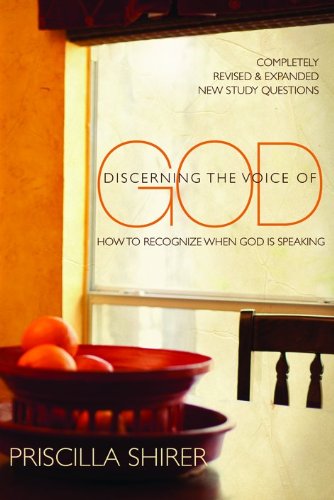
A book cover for Discerning the Voice of God: How to Recognize When God is Speaking; Priscilla C. Shirer; Christian Books & Bibles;